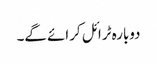
دوبارہ ٹرائل کرائے گے۔